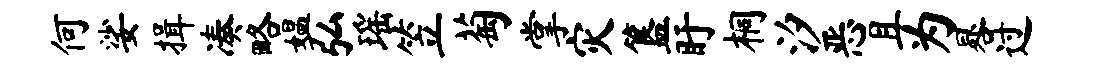
何娑揖凑略媪弘瑶笠萄掌灾簋盱桐汐恶且为晷过